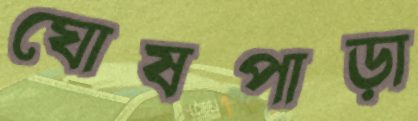
ঘোষপাড়া